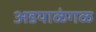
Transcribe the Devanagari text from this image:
अडयाळंगळ